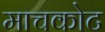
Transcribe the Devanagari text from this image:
माचकोट